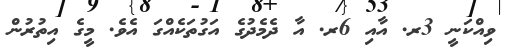
ވިއްކަނީ 3ރ. އާއި 6ރ. އާ ދެމެދުގެ އަގުތަކެއްގަ އެވެ. މީގެ އިތުރުން